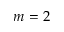
m = 2